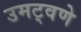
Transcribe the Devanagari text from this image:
उमट्वणे